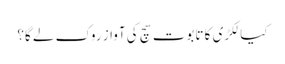
کیا لکڑی کا تابوت سچ کی آواز روک لے گا؟